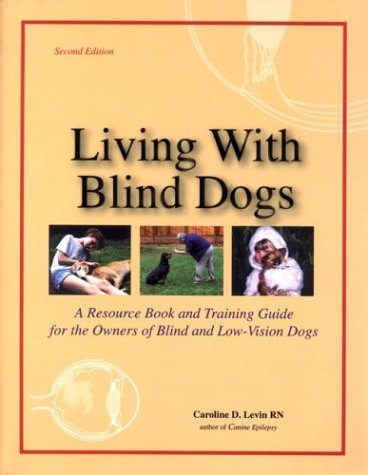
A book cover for Living With Blind Dogs: A Resource Book and Training Guide for the Owners of Blind and Low-Vision Dogs, Second Edition; Caroline D. Levin; Crafts, Hobbies & Home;